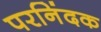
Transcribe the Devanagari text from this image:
परनिंदक